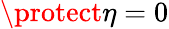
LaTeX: \protect\eta=0